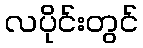
လပိုင်းတွင်